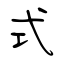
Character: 式